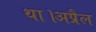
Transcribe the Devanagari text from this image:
था।अप्रैल